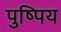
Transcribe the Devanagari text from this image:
पुष्पिय